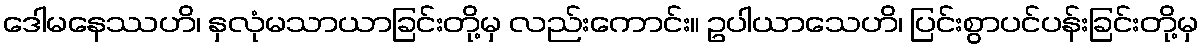
ဒေါမနေဿဟိ၊ နှလုံမသာယာခြင်းတို့မှ လည်းကောင်း။ ဥပါယာသေဟိ၊ ပြင်းစွာပင်ပန်းခြင်းတို့မှ